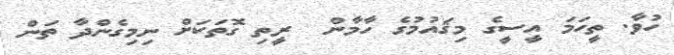
ހުވާ. ތީހަމަ އީސީގެ މިޤައުމުގެ ހާމާން  ރީތި ގޮތަކަށް ނިމިގެންދާ ތަން